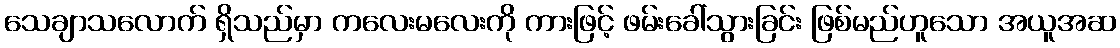
သေချာသလောက် ရှိသည်မှာ ကလေးမလေးကို ကားဖြင့် ဖမ်းခေါ်သွားခြင်း ဖြစ်မည်ဟူသော အယူအဆ